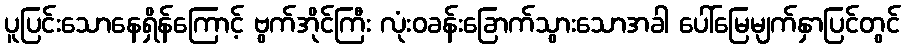
ပူပြင်းသောနေရှိန်ကြောင့် ဗွက်အိုင်ကြီး လုံးဝခန်းခြောက်သွားသောအခါ ပေါ်မြေမျက်နှာပြင်တွင်